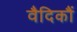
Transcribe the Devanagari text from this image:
वैदिकौं